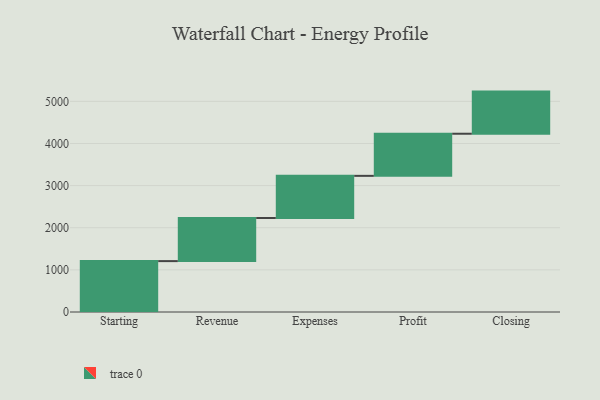
{"axis": {"x": "Step", "y": "Value"}, "legend": [""], "data": [{"x": "Starting", "y": 1208.0, "type": ""}, {"x": "Revenue", "y": 1024.0, "type": ""}, {"x": "Expenses", "y": 1000, "type": ""}, {"x": "Profit", "y": 1000, "type": ""}, {"x": "Closing", "y": 1000, "type": ""}]}